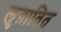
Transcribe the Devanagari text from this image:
लुग़ातित